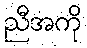
ညီအကို